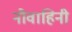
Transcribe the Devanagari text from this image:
नौवाहिनी